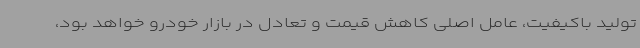
تولید باکیفیت، عامل اصلی کاهش قیمت و تعادل در بازار خودرو خواهد بود،